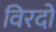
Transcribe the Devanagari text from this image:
विरदो